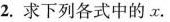
2.求下列各式中的x.